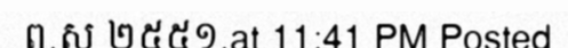
ព.ស ២៥៥១.at 11:41 PM Posted